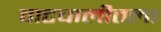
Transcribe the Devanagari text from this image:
वाटचालीतला